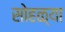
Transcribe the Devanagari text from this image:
सोहळ्या